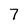
Character: 7